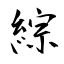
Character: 綜